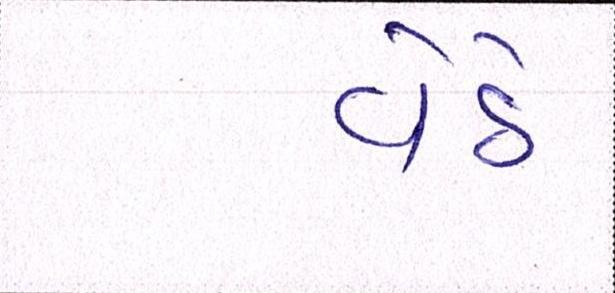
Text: વેઠે